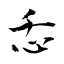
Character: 忎